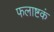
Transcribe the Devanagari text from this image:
फलाष्टकं